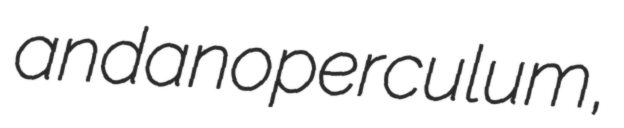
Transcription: and an operculum,